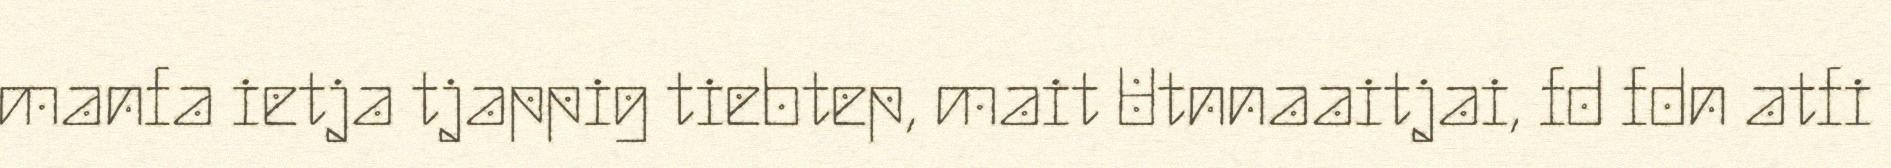
manfa ietja tjappig tiebtep, mait Utnnaaitjai, fd fdn atfi